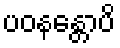
ပဝနန္တောပိ